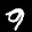
Label: 9